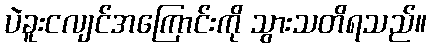
ပဲခူးငလျင်အကြောင်းကို သွားသတိရသည်။